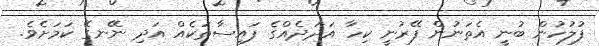
ފުލުހުން ބުނީ އެތަނުން ފޭރުނީ ކިހާ އަދަދެއްގެ ފައިސާތަކެއް އަދި ނޭނގޭ ކަމަށެވެ.